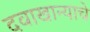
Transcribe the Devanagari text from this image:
दवाखान्याचे